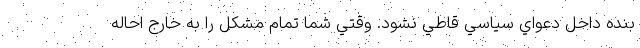
بنده داخل دعواي سياسي قاطي نشود. وقتي شما تمام مشكل را به خارج احاله